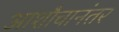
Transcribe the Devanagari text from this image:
आशौचानंतर